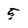
Character: 5